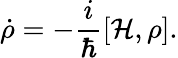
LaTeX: \dot{\rho}=-\frac{i}{\hbar}\left[\mathcal{H},\rho\right].